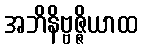
အဘိနိဗ္ဗဇ္ဇိယာထ